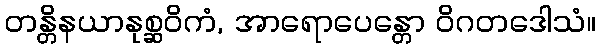
တန္တိနယာနုစ္ဆဝိကံ, အာရောပေန္တော ဝိဂတဒေါသံ။